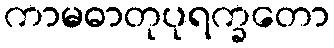
ကာမဓာတုပုရက္ခတော